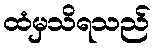
ထံမှသိရသည်